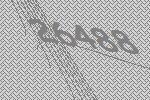
26488